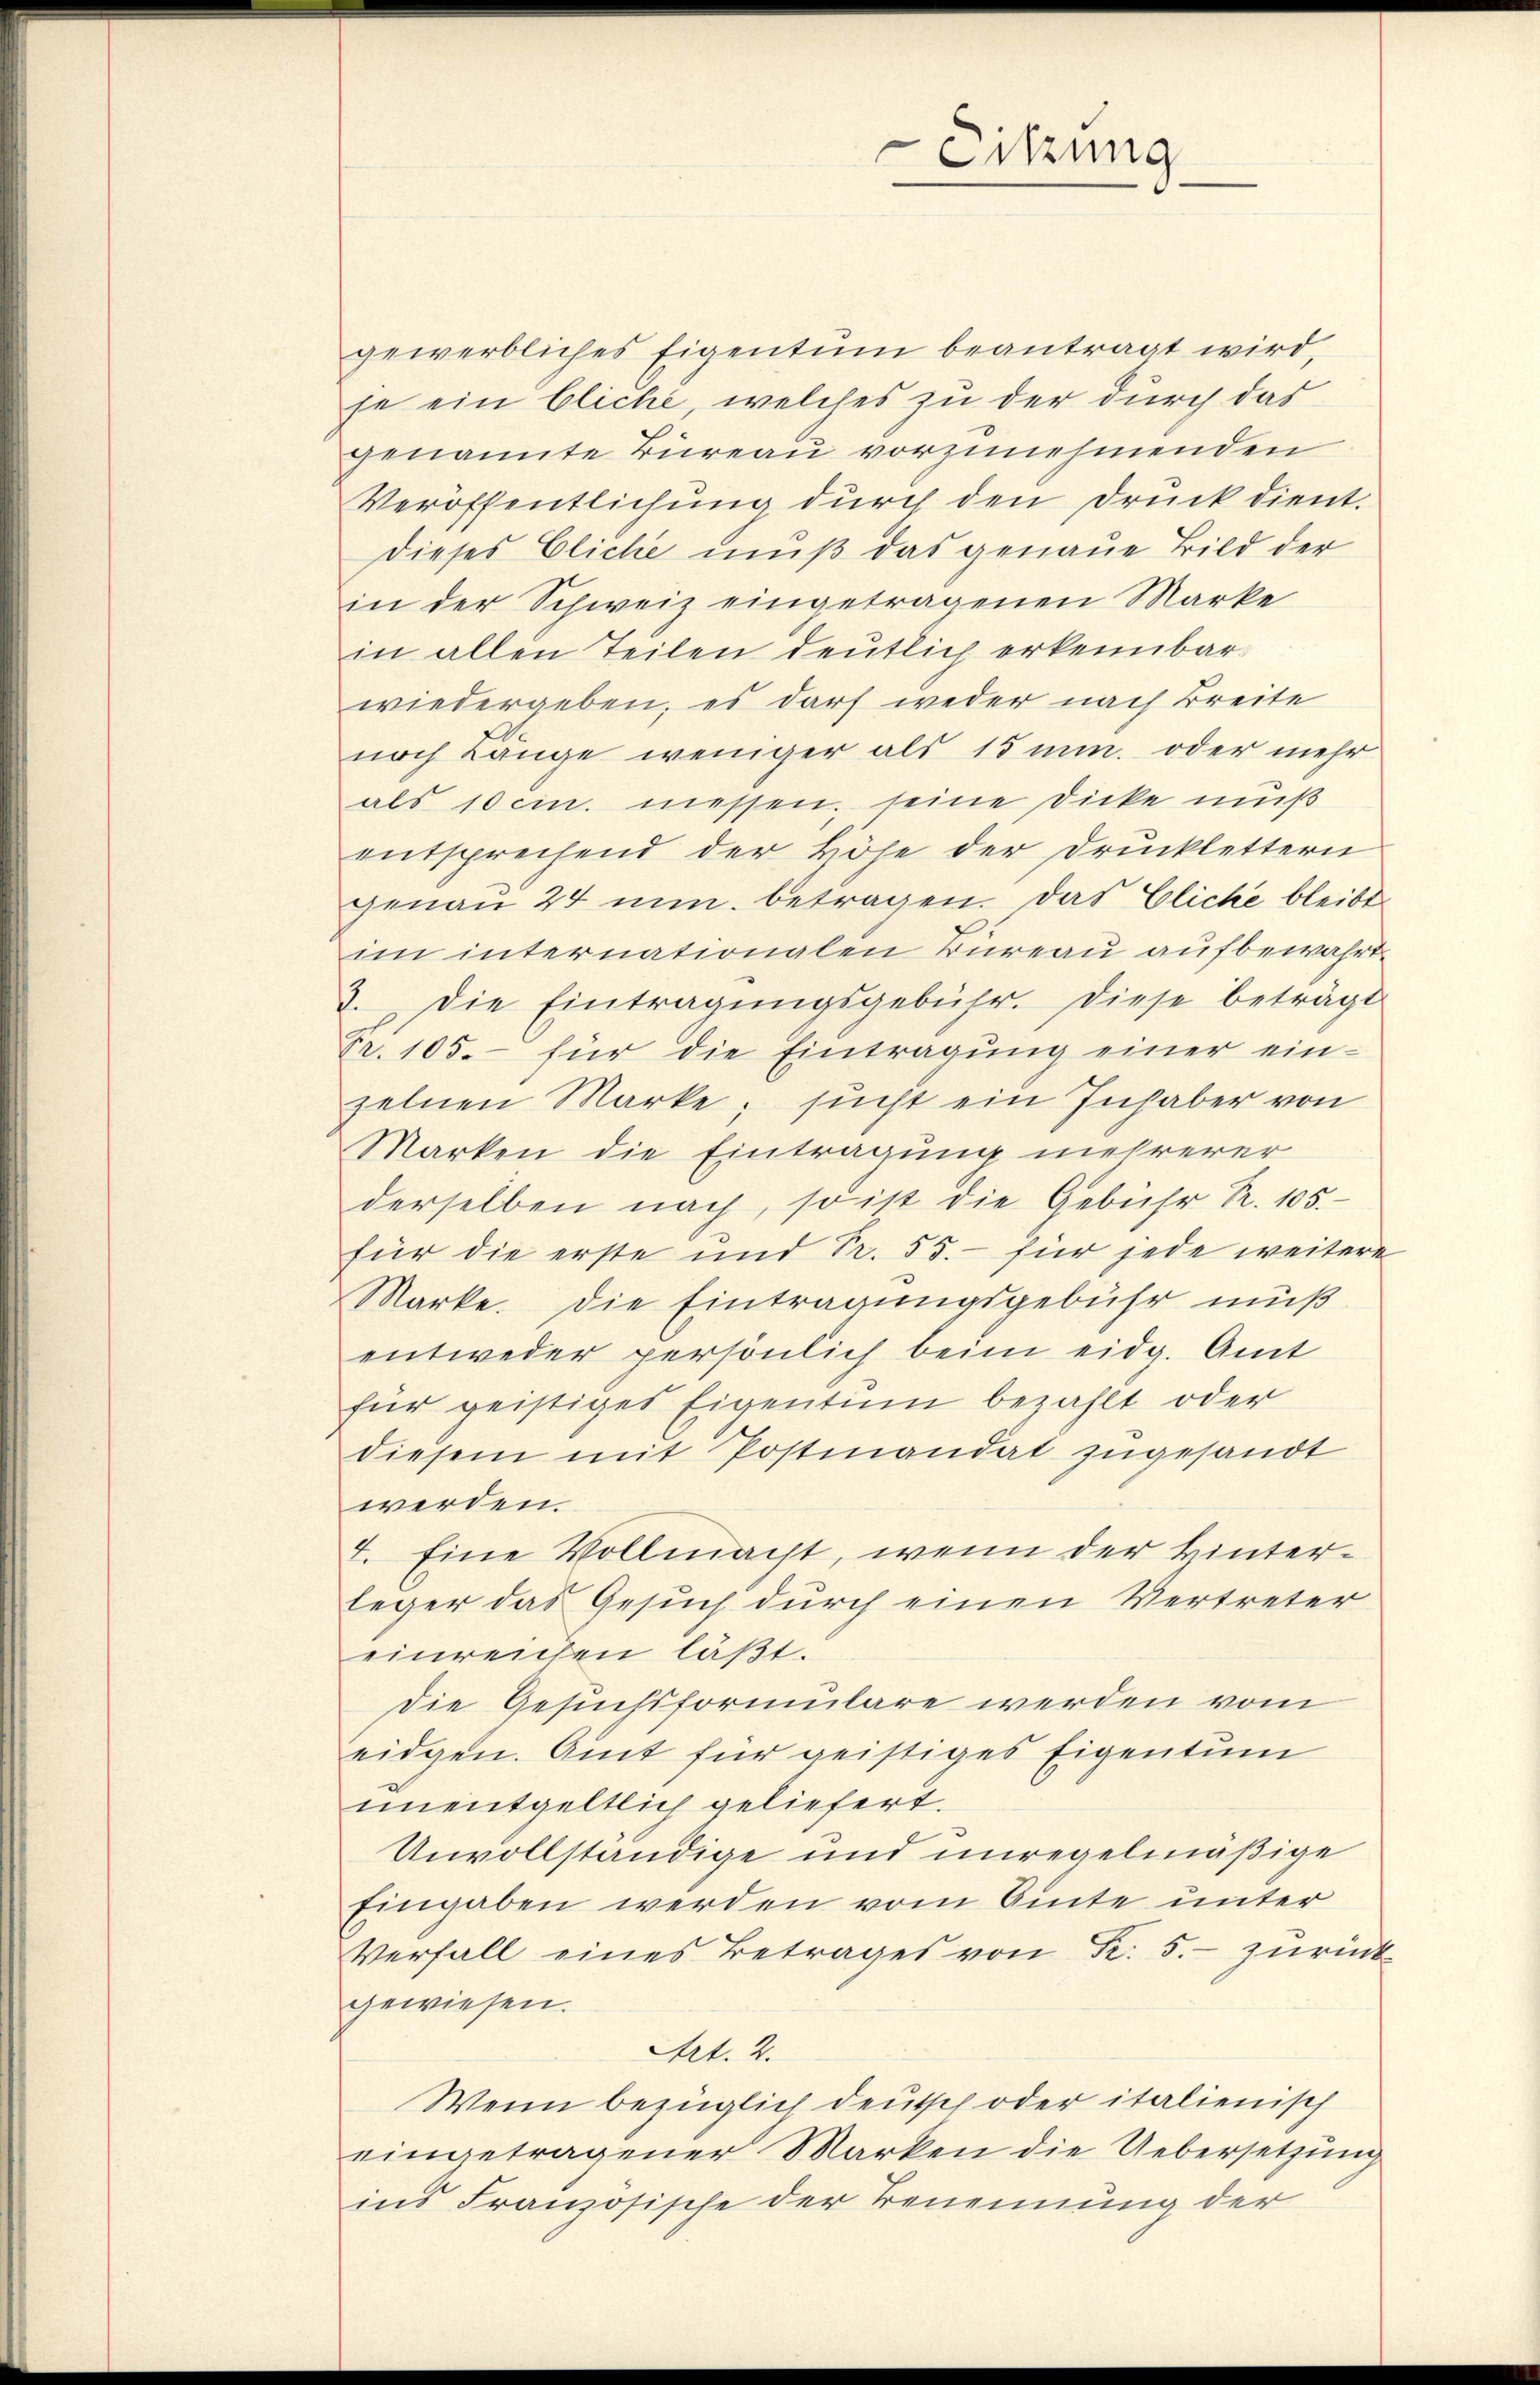
gewerbliches Eigentum beantragt wird,
je ein bliche, welches zu der durch das
genannte Büreau vorzunehmenden
Veröffentlichung durch den Druck dient.
dieses Cliche muß das genaue Bild der
in der Schweiz eingetragenen Marke
in allen Teilen deutlich erkennbarwiedergeben, es darf weder nach Breite
noch Lange weniger als 15 min. oder mehr
als 10 cin. messen seine Dicke muß
entsprechend der Höhe der Drucklettern
genau 24 min. betragen. Das Cliche bleibt
im internationalen Büreau aufbewahrt.
2. Die Eintragŭngsgebühr. diese beträgt
Fr. 105.- für die Eintragung einer ein-
zelnen Marke; sucht ein Inhaber von
Marken die Eintragung mehrerer
derselben nach, so ist die Gebühr R. 105.
für die erste und Pr. 55.- für jede weitere
Marke. Die Eintragungsgebühr muß
entweder persönlich beim eidg. Amt
für geistiges Eigentum bezahlt oder
diesem mit Postmandat zugesandt
werden.
4. Eine Vollmacht, wenn der Hinterleger das Gesuch durch einen Vertreter
einreichen läßt.
die Gesuchsformulare werden vom
eidgen. Amt für geistiges Eigentum
unentgeltlich geliefert.
Unvollständige und unregelmäßige
Eingaben werden vom Amte unter
Verfall eines Betrages von Fr. 5.- zurück-
gewiesen.
Art. 2.
Wenn bezüglich deutsch oder italienisch
eingetragener Marken die Uebersetzung
ins Französische der Benennung der

eitzung